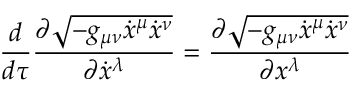
{ \frac { d } { d \tau } } { \frac { \partial { \sqrt { - g _ { \mu \nu } { \dot { x } } ^ { \mu } { \dot { x } } ^ { \nu } } } } { \partial { \dot { x } } ^ { \lambda } } } = { \frac { \partial { \sqrt { - g _ { \mu \nu } { \dot { x } } ^ { \mu } { \dot { x } } ^ { \nu } } } } { \partial x ^ { \lambda } } }